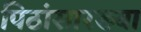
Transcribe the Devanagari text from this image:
पिठांसारख्या